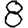
Digit: 8